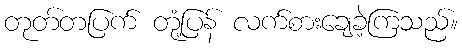
တုတ်တပြက် တုံ့ပြန် လက်စားချေခဲ့ကြသည်။